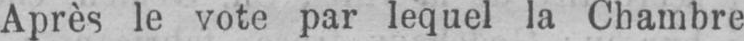
Après le vote par lequel la Chambre